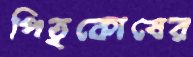
পিতৃকোষের